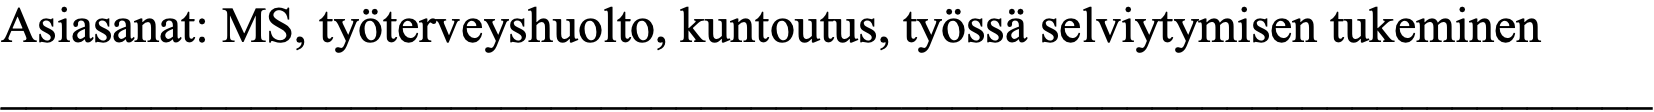
Asiasanat: MS, työterveyshuolto, kuntoutus, työssä selviytymisen tukeminen __________________________________________________________________